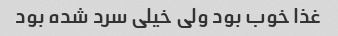
غذا خوب بود ولی خیلی سرد شده بود